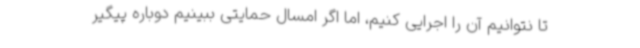
تا نتوانیم آن را اجرایی کنیم، اما اگر امسال حمایتی ببینیم دوباره پیگیر